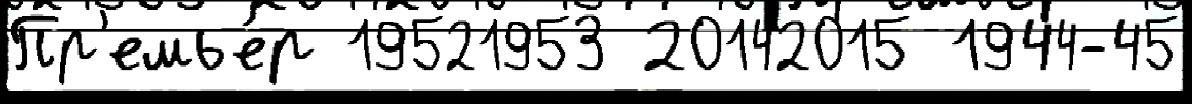
Пр'емье́р 19521953 20142015 1944-45